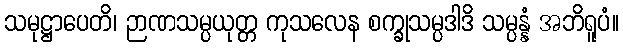
သမုဋ္ဌာပေတိ၊ ဉာဏသမ္ပယုတ္တ ကုသလေန စက္ခုသမ္ပဒါဒိ သမ္ပန္နံ အဘိရူပံ။